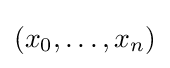
(x_{0},\dots ,x_{n})